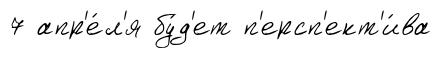
7 апр'е́л'я бу́д'ет п'ерсп'ект'и́ва